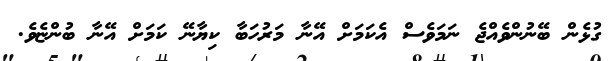
ގުޅެން ބޭނުންވެއްޖެ ނަމަވެސް އެކަމަށް އޭނާ މަރުހަބާ ކިޔާނޭ ކަމަށް އޭނާ ބުންޏެވެ.